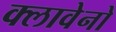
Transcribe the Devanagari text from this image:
क्लावेनो